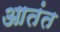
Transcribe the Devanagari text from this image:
आतंत